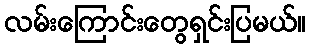
လမ်းကြောင်းတွေရှင်းပြမယ်။